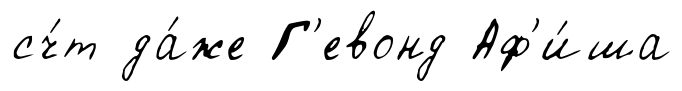
сч́т да́же Г'евонд Аф'и́ша